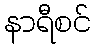
နာရီစင်